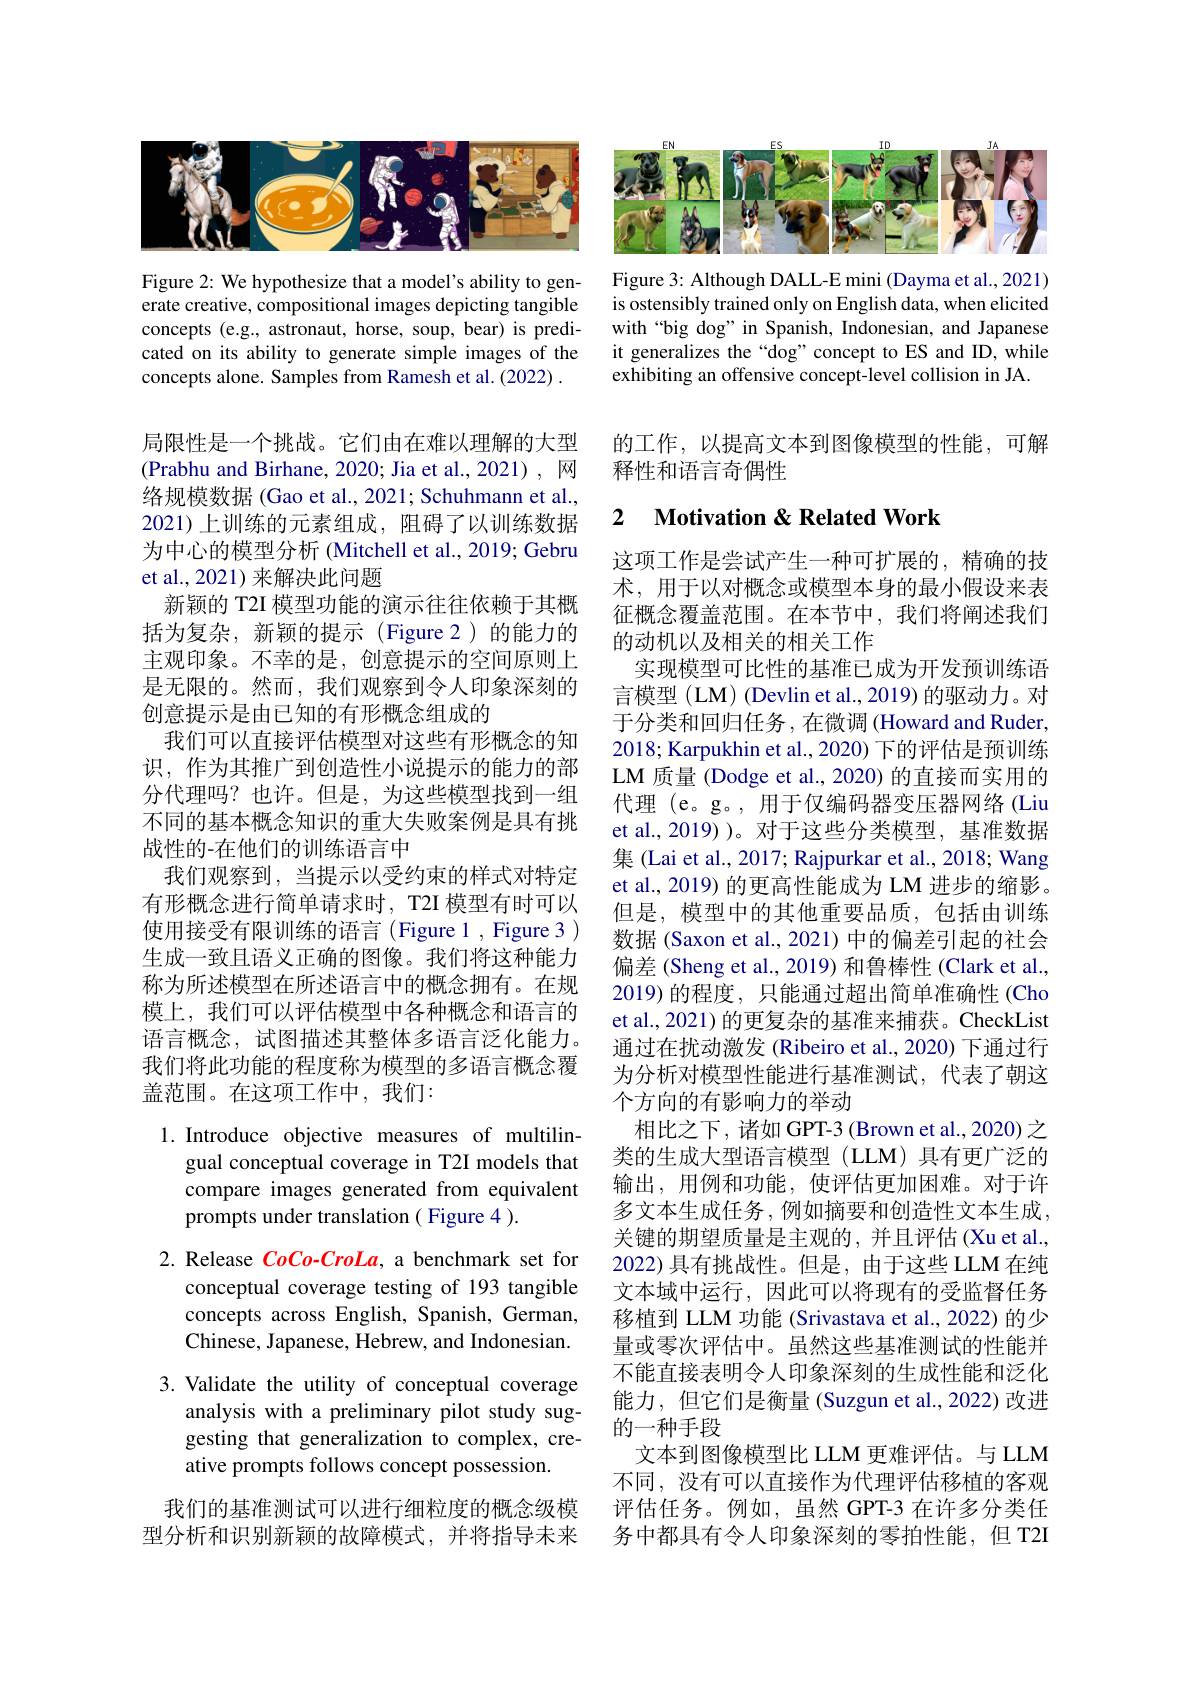
<FigureHere>

Figure 3: Although DALL-E mini (Dayma et al., 2021) is ostensibly trained only on English data, when elicited with“big dog”in Spanish, Indonesian, and Japanese it generalizes the“dog”concept to ES and ID, while exhibiting an offensive concept-level collision in JA.

Figure 2: We hypothesize that a model's ability to generate creative, compositional images depicting tangible concepts (e.g., astronaut, horse, soup, bear) is predicated on its ability to generate simple images of the concepts alone. Samples from Ramesh et al. (2022) .

的工作，以提高文本到图像模型的性能，可解
释性和语言奇偶性

### 2 $\textbf{Motivation }\&$ Related Work

局限性是一个挑战。它们由在难以理解的大型(Prabhu and Birhane, 2020; Jia et al., 2021), 网络规模数据 (Gao et al., 2021; Schuhmann et al., 2021)上训练的元素组成，阻碍了以训练数据为中心的模型分析 (Mitchell et al., 2019; Gebru et al., 2021) 来解决此问题
新颖的 T2I 模型功能的演示往往依赖于其概括为复杂，新颖的提示(Figure 2)的能力的主观印象。不幸的是，创意提示的空间原则上是无限的。然而，我们观察到令人印象深刻的创意提示是由已知的有形概念组成的
我们可以直接评估模型对这些有形概念的知识，作为其推广到创造性小说提示的能力的部分代理吗？也许。但是，为这些模型找到一组不同的基本概念知识的重大失败案例是具有挑战性的-在他们的训练语言中
我们观察到，当提示以受约束的样式对特定有形概念进行简单请求时，T2I 模型有时可以使用接受有限训练的语言(Figure 1, Figure 3 ) 生成一致且语义正确的图像。我们将这种能力称为所述模型在所述语言中的概念拥有。在规模上，我们可以评估模型中各种概念和语言的语言概念，试图描述其整体多语言泛化能力。我们将此功能的程度称为模型的多语言概念覆盖范围。在这项工作中，我们：

这项工作是尝试产生一种可扩展的，精确的技术，用于以对概念或模型本身的最小假设来表征概念覆盖范围。在本节中，我们将阐述我们的动机以及相关的相关工作
实现模型可比性的基准已成为开发预训练语言模型 (LM) (Devlin et al., 2019) 的驱动力。对于分类和回归任务，在微调 (Howard and Ruder, 2018; Karpukhin et al., 2020) 下的评估是预训练LM 质量 (Dodge et al., 2020) 的直接而实用的代理 (e。g。, 用于仅编码器变压器网络 (Liu et al., 2019) )。对于这些分类模型，基准数据集 (Lai et al., 2017; Rajpurkar et al., 2018; Wang et al., 2019) 的更高性能成为 LM 进步的缩影。但是，模型中的其他重要品质，包括由训练数据 (Saxon et al., 2021) 中的偏差引起的社会偏差 (Sheng et al., 2019) 和鲁棒性 (Clark et al., 2019)的程度，只能通过超出简单准确性(Cho et al., 2021) 的更复杂的基准来捕获。CheckList 通过在扰动激发 (Ribeiro et al., 2020) 下通过行为分析对模型性能进行基准测试，代表了朝这个方向的有影响力的举动
相比之下，诸如 GPT-3 (Brown et al., 2020) 之类的生成大型语言模型(LLM)具有更广泛的输出，用例和功能，使评估更加困难。对于许多文本生成任务，例如摘要和创造性文本生成， 关键的期望质量是主观的，并且评估(Xu et al., 2022) 具有挑战性。但是，由于这些 LLM 在纯文本域中运行，因此可以将现有的受监督任务移植到 LLM 功能 (Srivastava et al., 2022) 的少量或零次评估中。虽然这些基准测试的性能并不能直接表明令人印象深刻的生成性能和泛化能力，但它们是衡量(Suzgun et al.,2022)改进的一种手段
文本到图像模型比 LLM 更难评估。与 LLM 不同，没有可以直接作为代理评估移植的客观评估任务。例如，虽然 GPT-3 在许多分类任务中都具有令人印象深刻的零拍性能，但 T2I

1. Introduce objective measures of multilin-
gual conceptual coverage in T2I models that compare images generated from equivalent prompts under translation ( Figure 4 ).

2. Release $CoCo-CroLa$, a benchmark set for

conceptual coverage testing of 193 tangible concepts across English, Spanish, German, Chinese, Japanese, Hebrew, and Indonesian.

3. Validate the utility of conceptual coverage
analysis with a preliminary pilot study suggesting that generalization to complex, creative prompts follows concept possession.

我们的基准测试可以进行细粒度的概念级模型分析和识别新颖的故障模式，并将指导未来